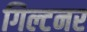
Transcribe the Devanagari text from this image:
गिल्टनर